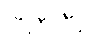
ပြီးစီးပြီး